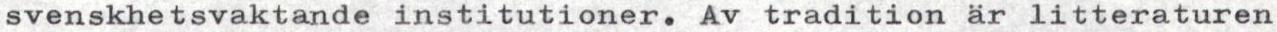
svenskhetsvaktande institutioner. Av tradition är litteraturen